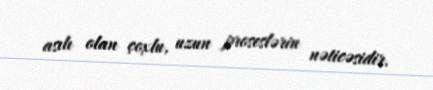
asılı olan çoxlu, uzun proseslərin nəticəsidir.